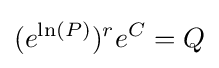
(e^{\ln(P)})^{r}e^{C}=Q